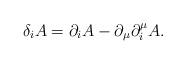
LaTeX: \begin{align*}\delta_{i} A=\partial_{i} A-\partial_{\mu} \partial^{\mu}_{i}A.\end{align*}